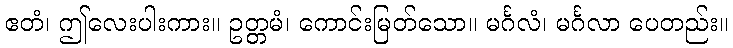
ဧတံ၊ ဤလေးပါးကား။ ဥတ္တမံ၊ ကောင်းမြတ်သော။ မင်္ဂလံ၊ မင်္ဂလာ ပေတည်း။